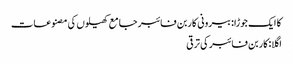
کا ایک جوڑا:بیرونی کاربن فائبر جامع کھیلوں کی مصنوعات
اگلا:کاربن فائبر کی ترقی